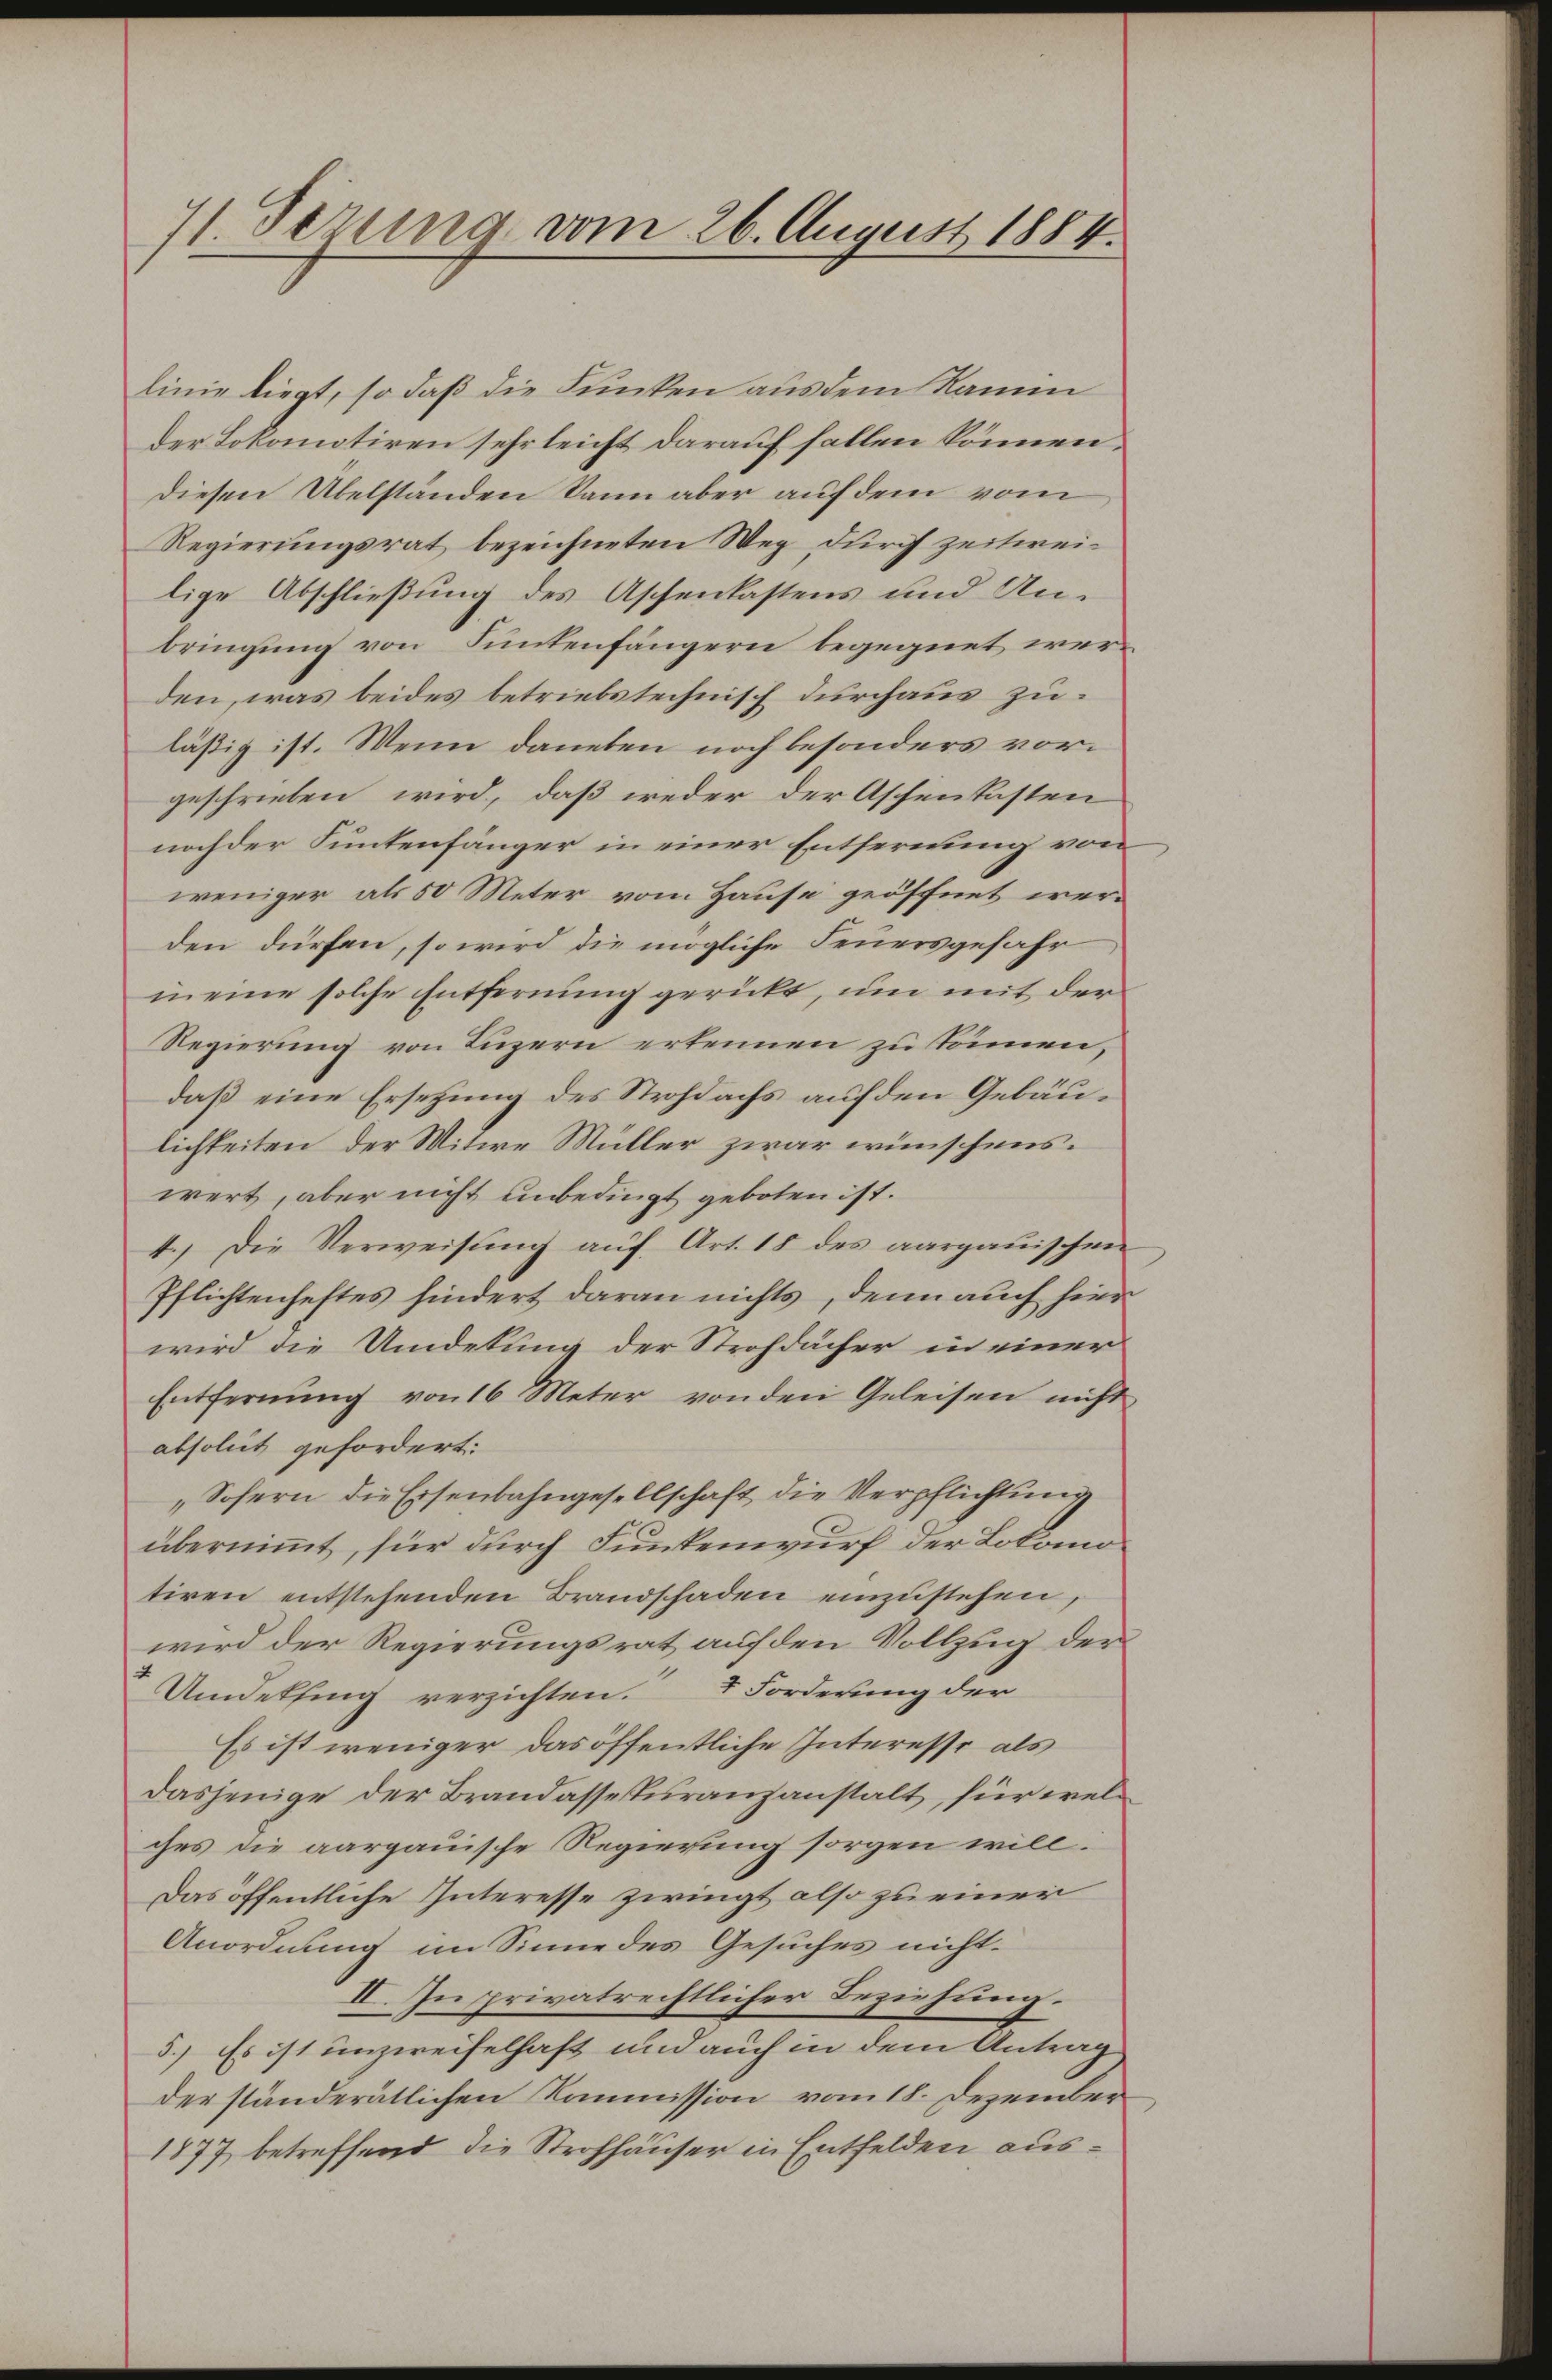
71. Sezung vom 26. August 1884.

linie liegt, so daß die Funken aus dem Nam
der Lokomotiren sehr leicht darauf fallen können.
Diesen Übelständen kann aber auf dem vom
Regierungsrat bezeichneten Weg durch zeitweilige Abschließung des Aschenkastens und Anbringung von Funtenfängern begegnet werden, was beides betriebstechnisch durchaus zuläsig ist. Wenn daneben noch besonders vorgeschrieben wird, daß weder der Aschenkasten
noch der Funkenfänger in einer Entfernung von
weniger als 50 Meter vom Hause geöffnet werden dürfen, so wird die mögliche Feuersgefahr
m eine solche Entfernung gerückt, um mit der
Regierung von Luzern erkennen zu können,
daß eine Ersetzung des Strohdachs auf den Gebäulichkeiten der Witwe Müller zwar wünschens.
wert, aber nicht unbedingt geboten ist.
4.) Die Verweisung auf Art. 18 des aargauischen
Pflichtenheftes hindert daran nichts, denn auch hier
wird die Umdekung der Strohdächer in einer
Entfernung von 16 Meter von den Geleisen nicht
absolut gefordert:
„Sofern die Eisenbahngesellschaft die Verpflichtung
übernimmt, für durch Funkenwurf der Lokomotiren entstehenden Brandschaden einzustehen,
wird der Regierungsrat auf den Vollzug der
Umdelfing verzichten. I Forderung der
Es ist weniger das öffentliche Interesse als
dasjenige der Brandassekuranzanstalt, für welches die aargauische Regierung sorgen will¬
Das öffentliche Interesse zwingt, also zu einer
Anordnung im Sinne des Gesuches nicht.
II. In privatrechtlicher Beziehung.
5.) Es ist unzweifelhaft und auch in dem Antrag
der ständerätlichen Kommission vom 18. Dezember
1877 betreffend die Strohhäuser in Entfelden aus¬